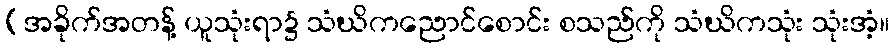
(အခိုက်အတန့် ယူသုံးရာ၌ သံဃိကညောင်စောင်း စသည်ကို သံဃိကသုံး သုံးအံ့။